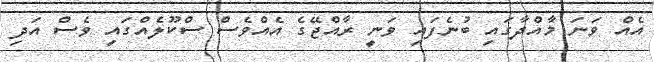
އެއް ވަނަ މާއްދާގައި ބުނެފައި ވަނީ ރާއްޖޭގެ އެއްވެސް ސްކޫލެއްގައި ވެސް އަދި